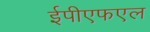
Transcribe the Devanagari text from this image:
ईपीएफएल